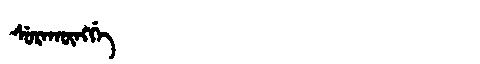
Manchu: ᠰᡠᡵᠠᡴᡡᠩᡤᡝ
Romanization: SURAKŪNGGE